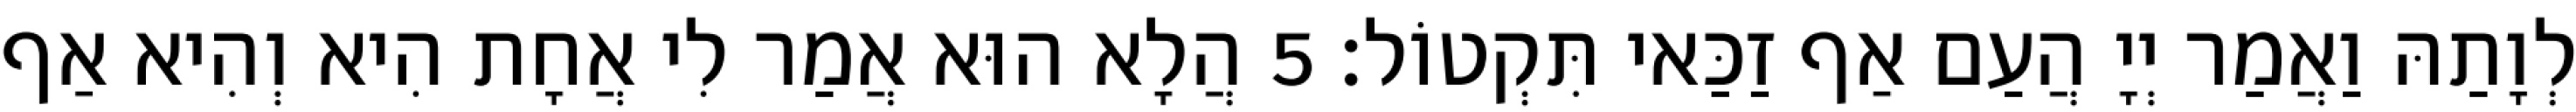
לְוָתַהּ וַאֲמַר יְיָ הֲעַם אַף זַכַּאי תִּקְטוֹל׃ 5 הֲלָא הוּא אֲמַר לִי אֲחָת הִיא וְהִיא אַף